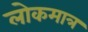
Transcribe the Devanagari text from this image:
लोकमात्र